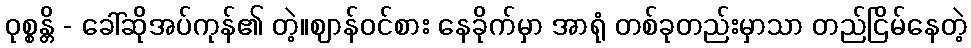
ဝုစ္စန္တိ - ခေါ်ဆိုအပ်ကုန်၏ တဲ့။ဈာန်ဝင်စား နေခိုက်မှာ အာရုံ တစ်ခုတည်းမှာသာ တည်ငြိမ်နေတဲ့